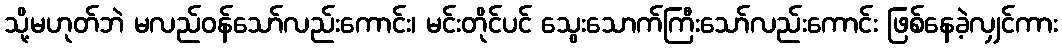
သို့မဟုတ်ဘဲ မလည်ဝန်သော်လည်းကောင်း၊ မင်းတိုင်ပင် သွေးသောက်ကြီးသော်လည်းကောင်း ဖြစ်နေခဲ့လျှင်ကား